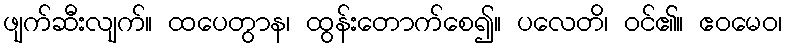
ဖျက်ဆီးလျက်။ ထပေတွာန၊ ထွန်းတောက်စေ၍။ ပလေတိ၊ ဝင်၏။ ဧဝမေဝ၊